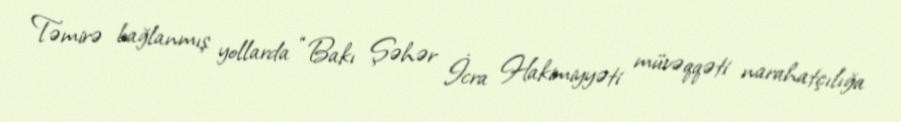
Təmirə bağlanmış yollarda “Bakı Şəhər İcra Hakimiyyəti müvəqqəti narahatçılığa